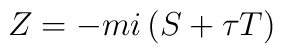
Z=-mi\left(S+\tau T \right)